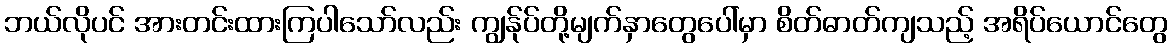
ဘယ်လိုပင် အားတင်းထားကြပါသော်လည်း ကျွန်ုပ်တို့မျက်နှာတွေပေါ်မှာ စိတ်ဓာတ်ကျသည့် အရိပ်ယောင်တွေ